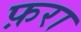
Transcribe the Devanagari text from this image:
फ़रा